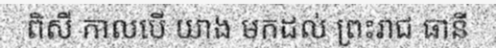
ពិសី កាលបើ យាង មកដល់ ព្រះរាជ ធានី